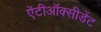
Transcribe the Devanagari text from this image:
ऐंटीऑक्सीडेंट